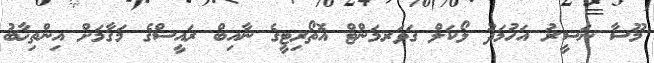
މޫސާ ނަސީރު އަހުމަދު ލޯކަލް ގަވަރމަންޓް އޮތޯރިޓީގެ ނާއިބް ރައީސްގެ މަގާމަށް އިންތިޚާބު